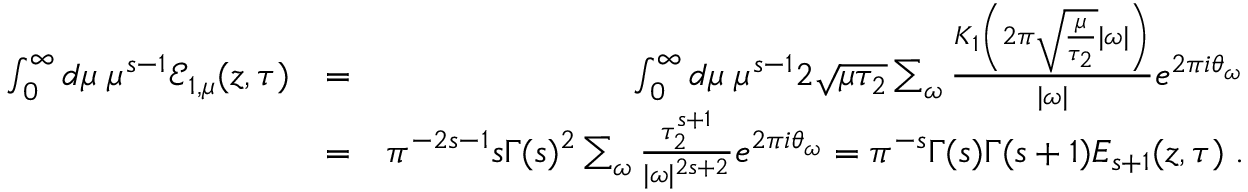
\begin{array} { r l r } { \int _ { 0 } ^ { \infty } d \mu \; \mu ^ { s - 1 } { \mathcal E } _ { 1 , \mu } ( z , \tau ) } & { = } & { \int _ { 0 } ^ { \infty } d \mu \; \mu ^ { s - 1 } 2 \sqrt { \mu \tau _ { 2 } } \sum _ { \omega } \frac { K _ { 1 } \left( 2 \pi \sqrt { \frac { \mu } { \tau _ { 2 } } } | \omega | \right) } { | \omega | } e ^ { 2 \pi i \theta _ { \omega } } } \\ & { = } & { \pi ^ { - 2 s - 1 } s \Gamma ( s ) ^ { 2 } \sum _ { \omega } { \frac { \tau _ { 2 } ^ { s + 1 } } { | \omega | ^ { 2 s + 2 } } } e ^ { 2 \pi i \theta _ { \omega } } = \pi ^ { - s } \Gamma ( s ) \Gamma ( s + 1 ) E _ { s + 1 } ( z , \tau ) \; . } \end{array}